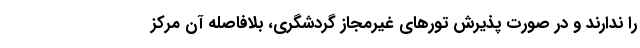
را ندارند و در صورت پذیرش تورهای غیرمجاز گردشگری، بلافاصله آن مرکز